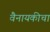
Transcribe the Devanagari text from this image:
वैनायकीचा